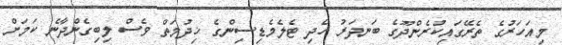
މިއަހަރުގެ ތެރޭގައިކުރެންދޫގެ ބަނދަރު ހެދި ޓެލެމެޑިސިންގެ ޚިދުމަތް ވެސް ލިބިގެންދާނެ ކަމަށް